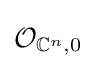
{\mathcal {O}}_{\mathbb {C} ^{n},0}